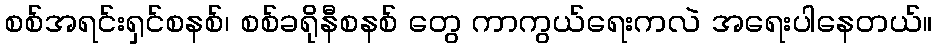
စစ်အရင်းရှင်စနစ်၊ စစ်ခရိုနီစနစ် တွေ ကာကွယ်ရေးကလဲ အရေးပါနေတယ်။